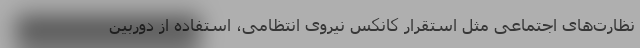
نظارت‌های اجتماعی مثل استقرار کانکس نیروی انتظامی، استفاده از دوربین